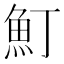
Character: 䰳